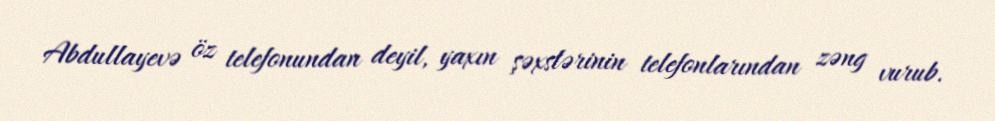
Abdullayevə öz telefonundan deyil, yaxın şəxslərinin telefonlarından zəng vurub.